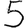
Digit: 5